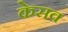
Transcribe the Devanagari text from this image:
केसव